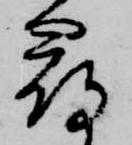
尋